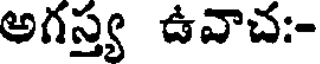
అగస్త్య ఉవాచ:-